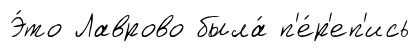
Э́то Лаврово была́ п'е́р'еп'ись